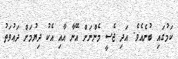
ކަމުގައި ބުނެއެވެ. އަދި ޖެސީ މެންނަށް އޭނާ އާއި އެކު ދިޔުމަށް ދަޢުވަތު